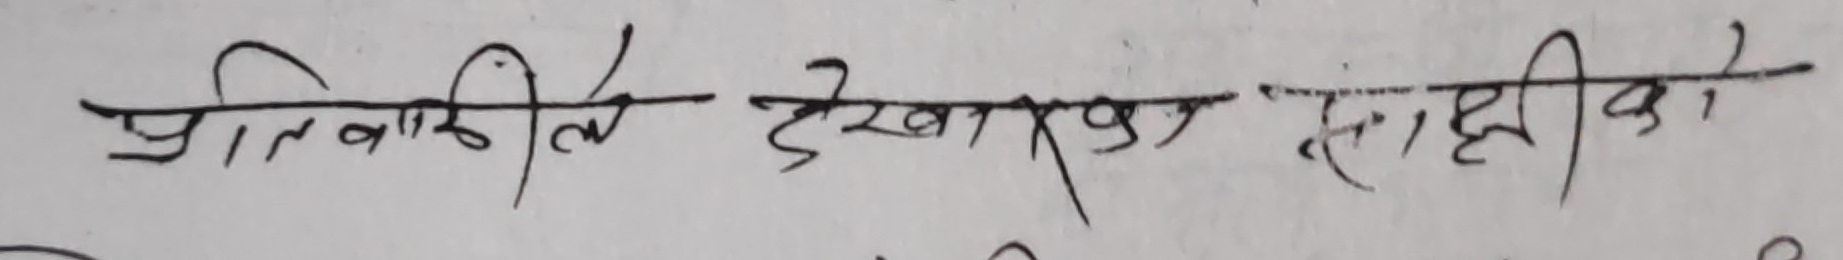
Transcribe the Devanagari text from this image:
प्रतिनिधित्व देखापदेख सहीको